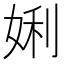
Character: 娳